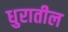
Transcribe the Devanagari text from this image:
धुरातील